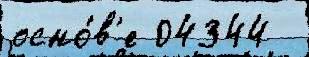
осно́в'е 04344